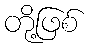
တို့ဖြစ်